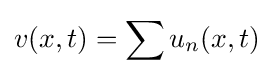
v(x,t)=\sum u_{n}(x,t)